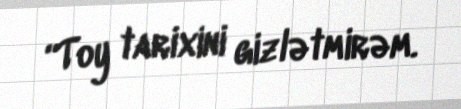
“Toy tarixini gizlətmirəm.